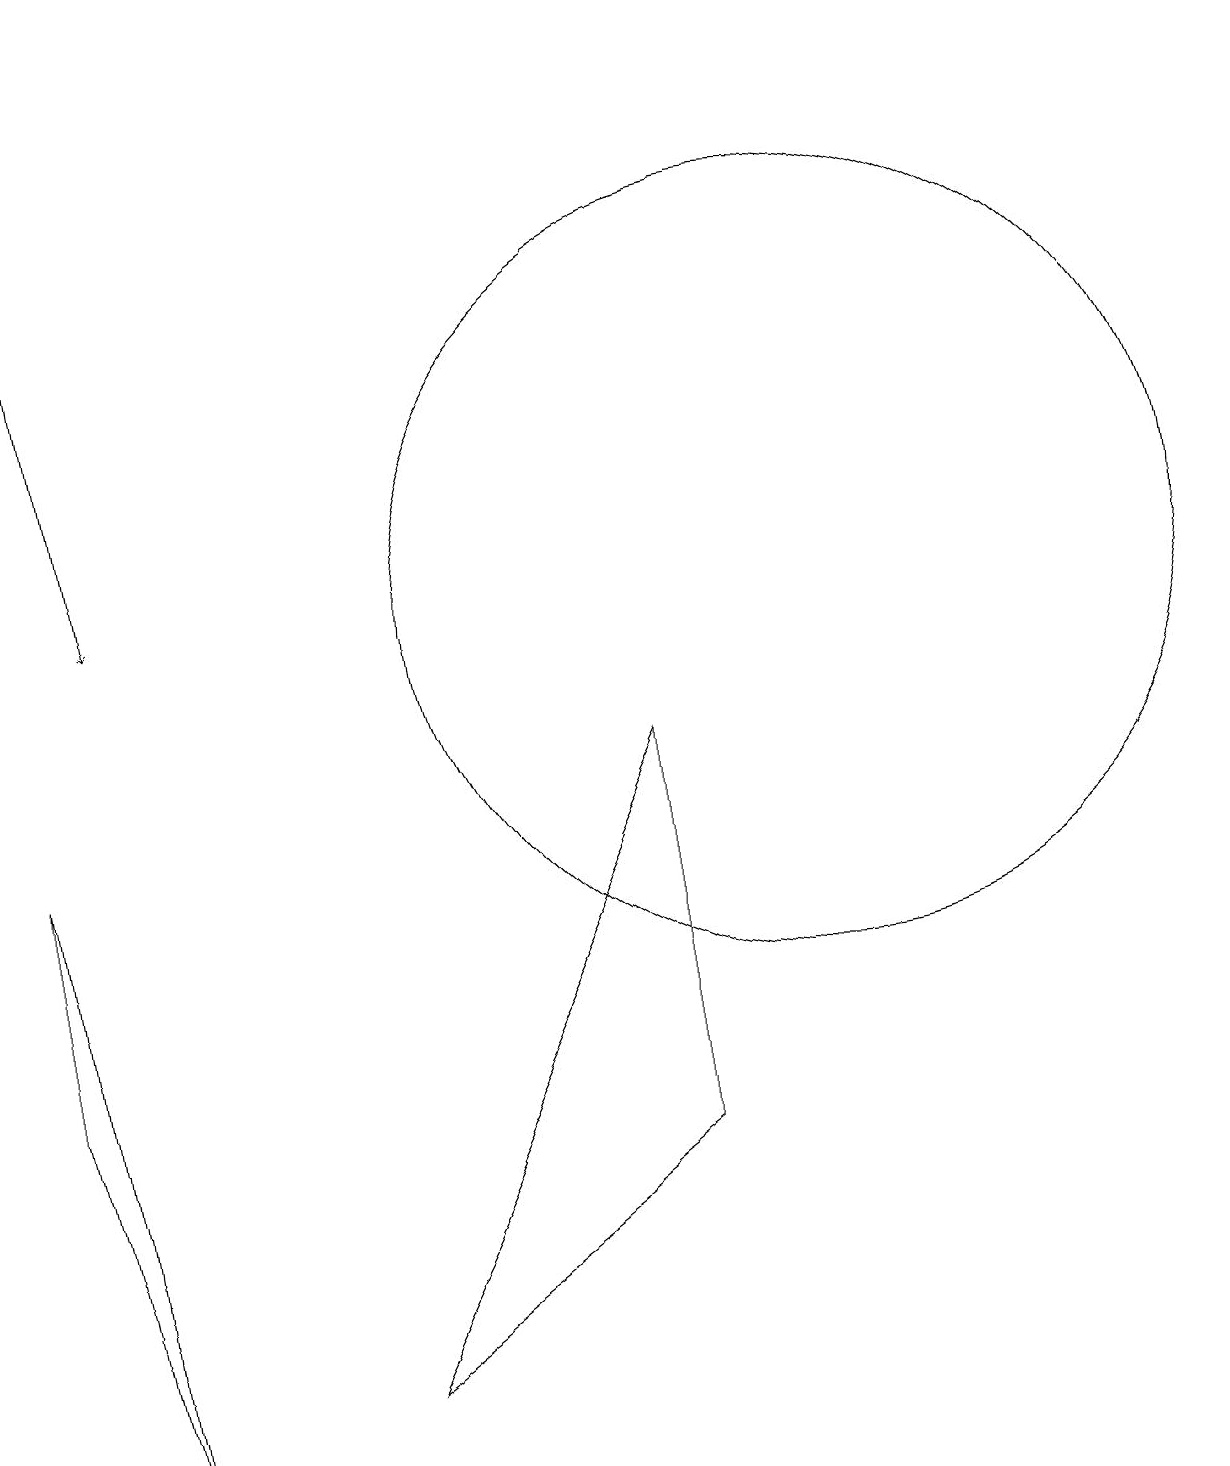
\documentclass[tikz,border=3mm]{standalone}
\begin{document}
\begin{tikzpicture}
\draw (1,0) -- (0,8) -- (0,5) -- cycle;
\draw (10,11) circle (5);
\draw[->] (0,18) -- (1,11);
\draw (8,4) -- (4,1) -- (8,9) -- cycle;
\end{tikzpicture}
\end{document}